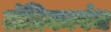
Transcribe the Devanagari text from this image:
तंत्रिकाबंध